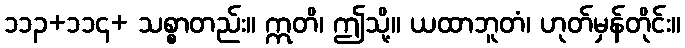
၁၁၃+၁၁၄+ သစ္စာတည်း။ ဣတိ၊ ဤသို့။ ယထာဘူတံ၊ ဟုတ်မှန်တိုင်း။